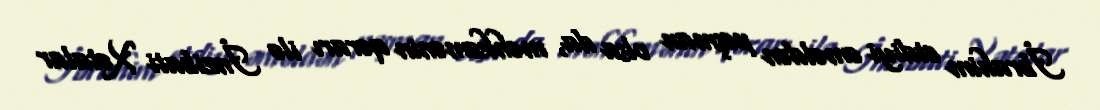
İbrahim etdiyi əməldən peşman olsa da, məhkəmənin qərarı ilə İnzibati Xətalar